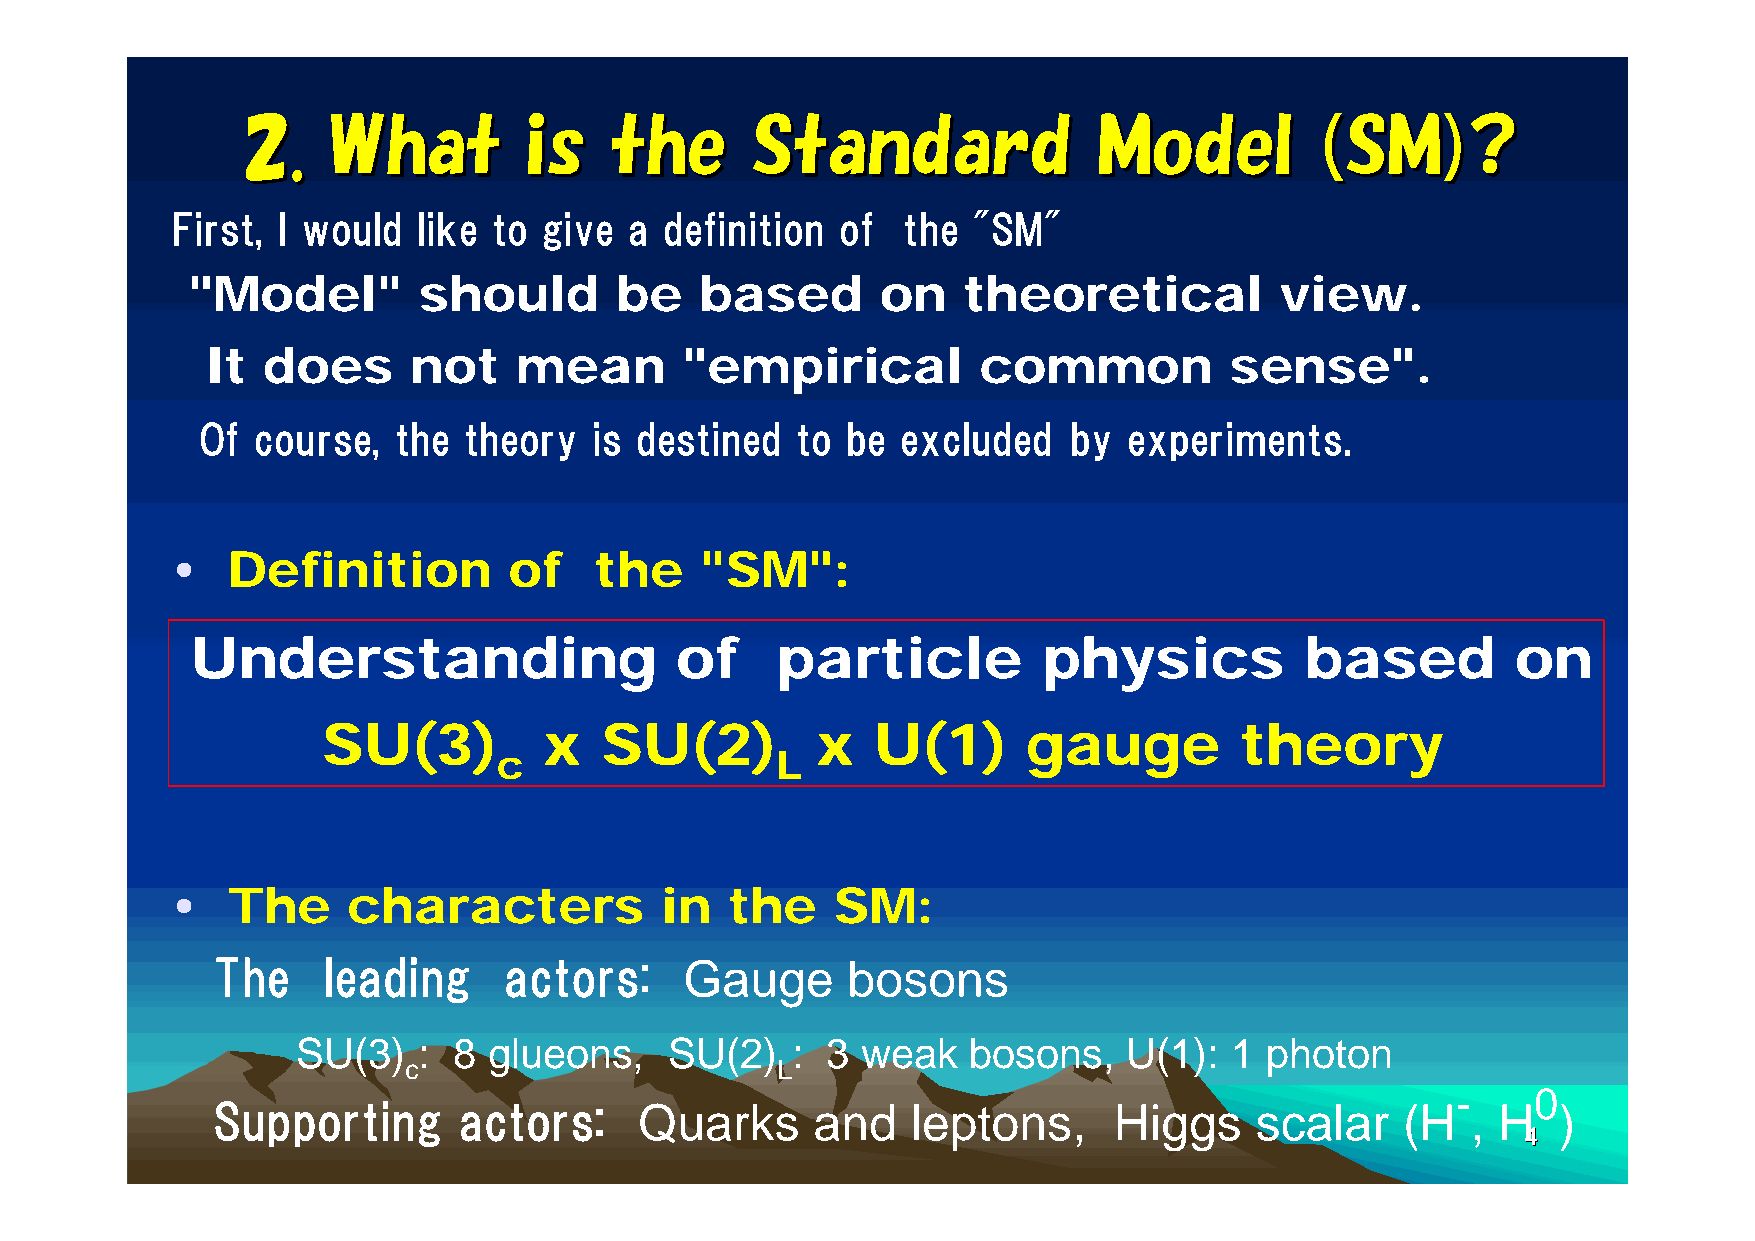
22..  WWhhaatt     iiss tthhee    SSttaannddaarrdd       MMooddeell    ((SSMM))??
 First, I would   like to give  a definition  of  the "SM"
 "Model"         should       be   based       on    theoretical          view.
 It does      not    mean       "empirical          common          sense".
 Of  course,  the  theory  is destined   to be  excluded   by  experiments.
 •   Definition         of   the    "SM":
 Understanding                   of    particle          physics          based         on
 SU(3)          x   SU(2)         x   U(1)      gauge         theory
 c                 L
 •   The     characters           in  the    SM:
 The    leading     actors:     Gauge      bosons
 SU(3)   : 8 glueons,    SU(2)   :  3 weak   bosons,    U(1): 1  photon
 c                       L
 -     0
 Supporting      actors:     Quarks      and   leptons,      Higgs    scalar    (H  , H   )
 44